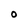
Character: 0